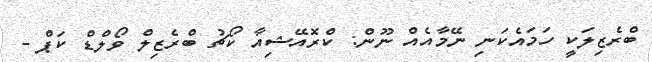
ބްރެޒިލަކީ ހަމައެކަނި ނޭމާއެއް ނޫން: ކްރޮއޭޝިއާ ކޯޗު ބްރެޒިލް ވޯލްޑް ކަޕް -